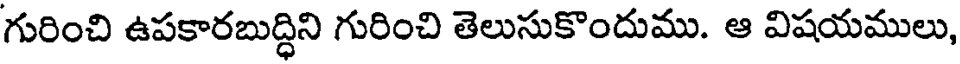
గురించి ఉపకారబుద్ధిని గురించి తెలుసుకొందుము. ఆ విషయములు,